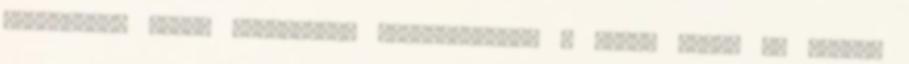
reneszánsz ember életörömét hangsúlyozza. A barát igazi Jó Barát,